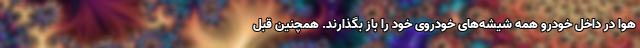
هوا در داخل خودرو همه شیشه‌های خودروی خود را باز بگذارند. همچنین قبل